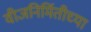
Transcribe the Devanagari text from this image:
वीजनिर्मितीच्या